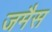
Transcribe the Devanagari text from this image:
जमैस